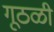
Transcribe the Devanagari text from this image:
गूठळी